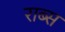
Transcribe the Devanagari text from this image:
राब्स